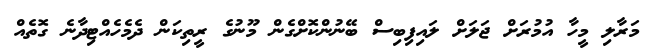
މަރާލި މީހާ އުމުރަށް ޖަލަށް ލައިފިބިސް ބޭނުންކޮށްގެން މޫނުގެ ރީތިކަން ދެމެހެއްޓިދާނެ ގޮތެއް